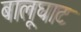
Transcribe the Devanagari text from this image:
बालूघाट